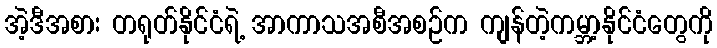
အဲ့ဒီအစား တရုတ်နိုင်ငံရဲ့ အာကာသအစီအစဉ်က ကျန်တဲ့ကမ္ဘာ့နိုင်ငံတွေကို